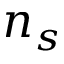
n _ { s }